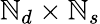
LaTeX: \mathbb{N}_{d}\times\mathbb{N}_{s}